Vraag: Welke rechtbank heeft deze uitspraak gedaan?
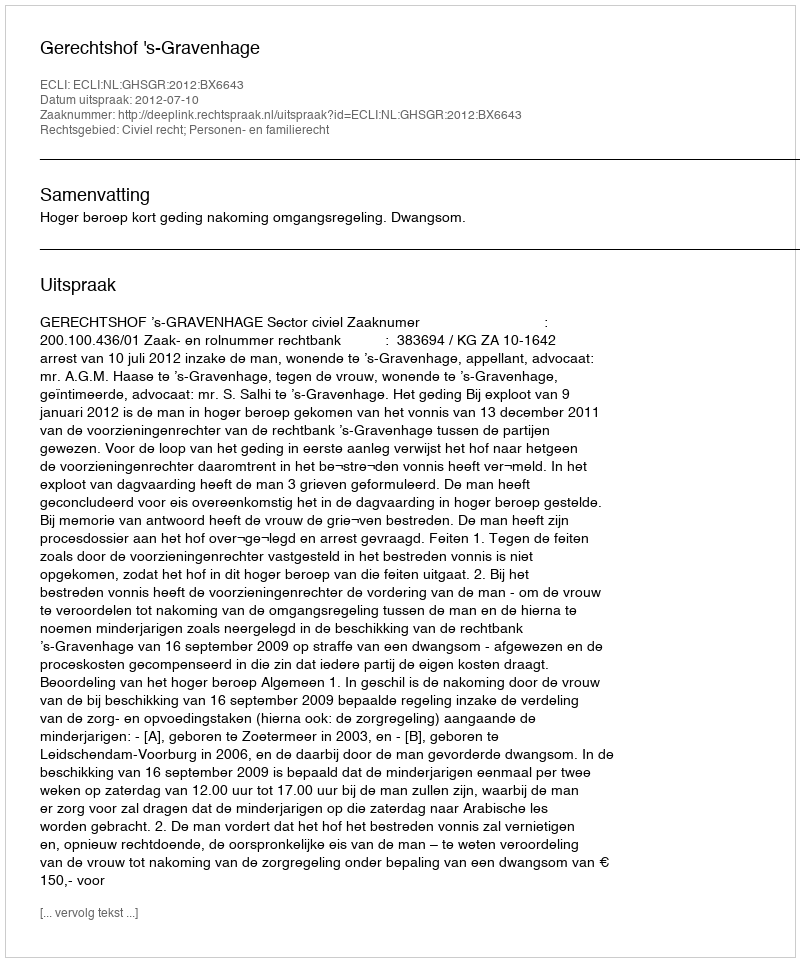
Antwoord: Gerechtshof 's-Gravenhage